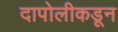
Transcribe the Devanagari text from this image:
दापोलीकडून